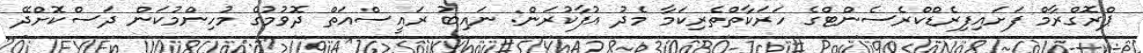
ޕްރޮގްރާމް ފަށައިފިރެޑްކްރެސެންޓްގެ ހަރަކާތްތެރިކަމާ މެދު އުފާކުރަން: ނައިބު ރައީސްއަތް ދޮވުމުގެ މުހިންމުކަން ދަސްކޮށްދޭ